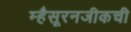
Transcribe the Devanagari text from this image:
म्हैसूरनजीकची